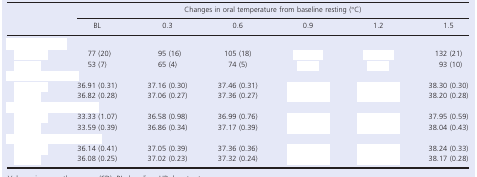
<table><thead><tr><td rowspan="2">[EMPTY_CELL]</td><td colspan="6"><b>Changes in oral temperature from baseline resting (°C)</b></td></tr><tr><td><b>BL</b></td><td><b>0.3</b></td><td><b>0.6</b></td><td><b>0.9</b></td><td><b>1.2</b></td><td><b>1.5</b></td></tr></thead><tbody><tr><td colspan="7">[EMPTY_CELL]</td></tr><tr><td>[EMPTY_CELL]</td><td>77 (20)</td><td>95 (16)</td><td>105 (18)</td><td>[EMPTY_CELL]</td><td>[EMPTY_CELL]</td><td>132 (21)</td></tr><tr><td>[EMPTY_CELL]</td><td>53 (7)</td><td>65 (4)</td><td>74 (5)</td><td>[EMPTY_CELL]</td><td>[EMPTY_CELL]</td><td>93 (10)</td></tr><tr><td colspan="7">[EMPTY_CELL]</td></tr><tr><td>[EMPTY_CELL]</td><td>36.91 (0.31)</td><td>37.16 (0.30)</td><td>37.46 (0.31)</td><td>[EMPTY_CELL]</td><td>[EMPTY_CELL]</td><td>38.30 (0.30)</td></tr><tr><td>[EMPTY_CELL]</td><td>36.82 (0.28)</td><td>37.06 (0.27)</td><td>37.36 (0.27)</td><td>[EMPTY_CELL]</td><td>[EMPTY_CELL]</td><td>38.20 (0.28)</td></tr><tr><td colspan="7">[EMPTY_CELL]</td></tr><tr><td>[EMPTY_CELL]</td><td>33.33 (1.07)</td><td>36.58 (0.98)</td><td>36.99 (0.76)</td><td>[EMPTY_CELL]</td><td>[EMPTY_CELL]</td><td>37.95 (0.59)</td></tr><tr><td>[EMPTY_CELL]</td><td>33.59 (0.39)</td><td>36.86 (0.34)</td><td>37.17 (0.39)</td><td>[EMPTY_CELL]</td><td>[EMPTY_CELL]</td><td>38.04 (0.43)</td></tr><tr><td colspan="7">[EMPTY_CELL]</td></tr><tr><td>[EMPTY_CELL]</td><td>36.14 (0.41)</td><td>37.05 (0.39)</td><td>37.36 (0.36)</td><td>[EMPTY_CELL]</td><td>[EMPTY_CELL]</td><td>38.24 (0.33)</td></tr><tr><td>[EMPTY_CELL]</td><td>36.08 (0.25)</td><td>37.02 (0.23)</td><td>37.32 (0.24)</td><td>[EMPTY_CELL]</td><td>[EMPTY_CELL]</td><td>38.17 (0.28)</td></tr></tbody></table>